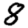
Digit: 8